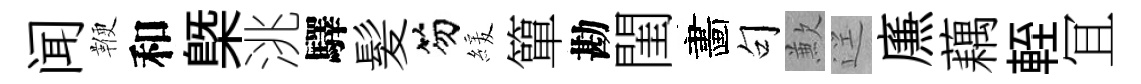
闻鞭和槩洮驛髪笏緩簞勘閨畵句歉逕㢘藕輊冝